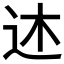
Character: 𫐠